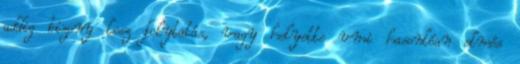
addig bizony lesz folytatás, vagy helyette vmi hasonlóan elmés